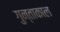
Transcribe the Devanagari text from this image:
गुन्ताकाल